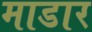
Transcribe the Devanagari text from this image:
माडार